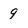
Character: 9